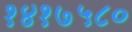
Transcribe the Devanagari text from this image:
१४१७५८०